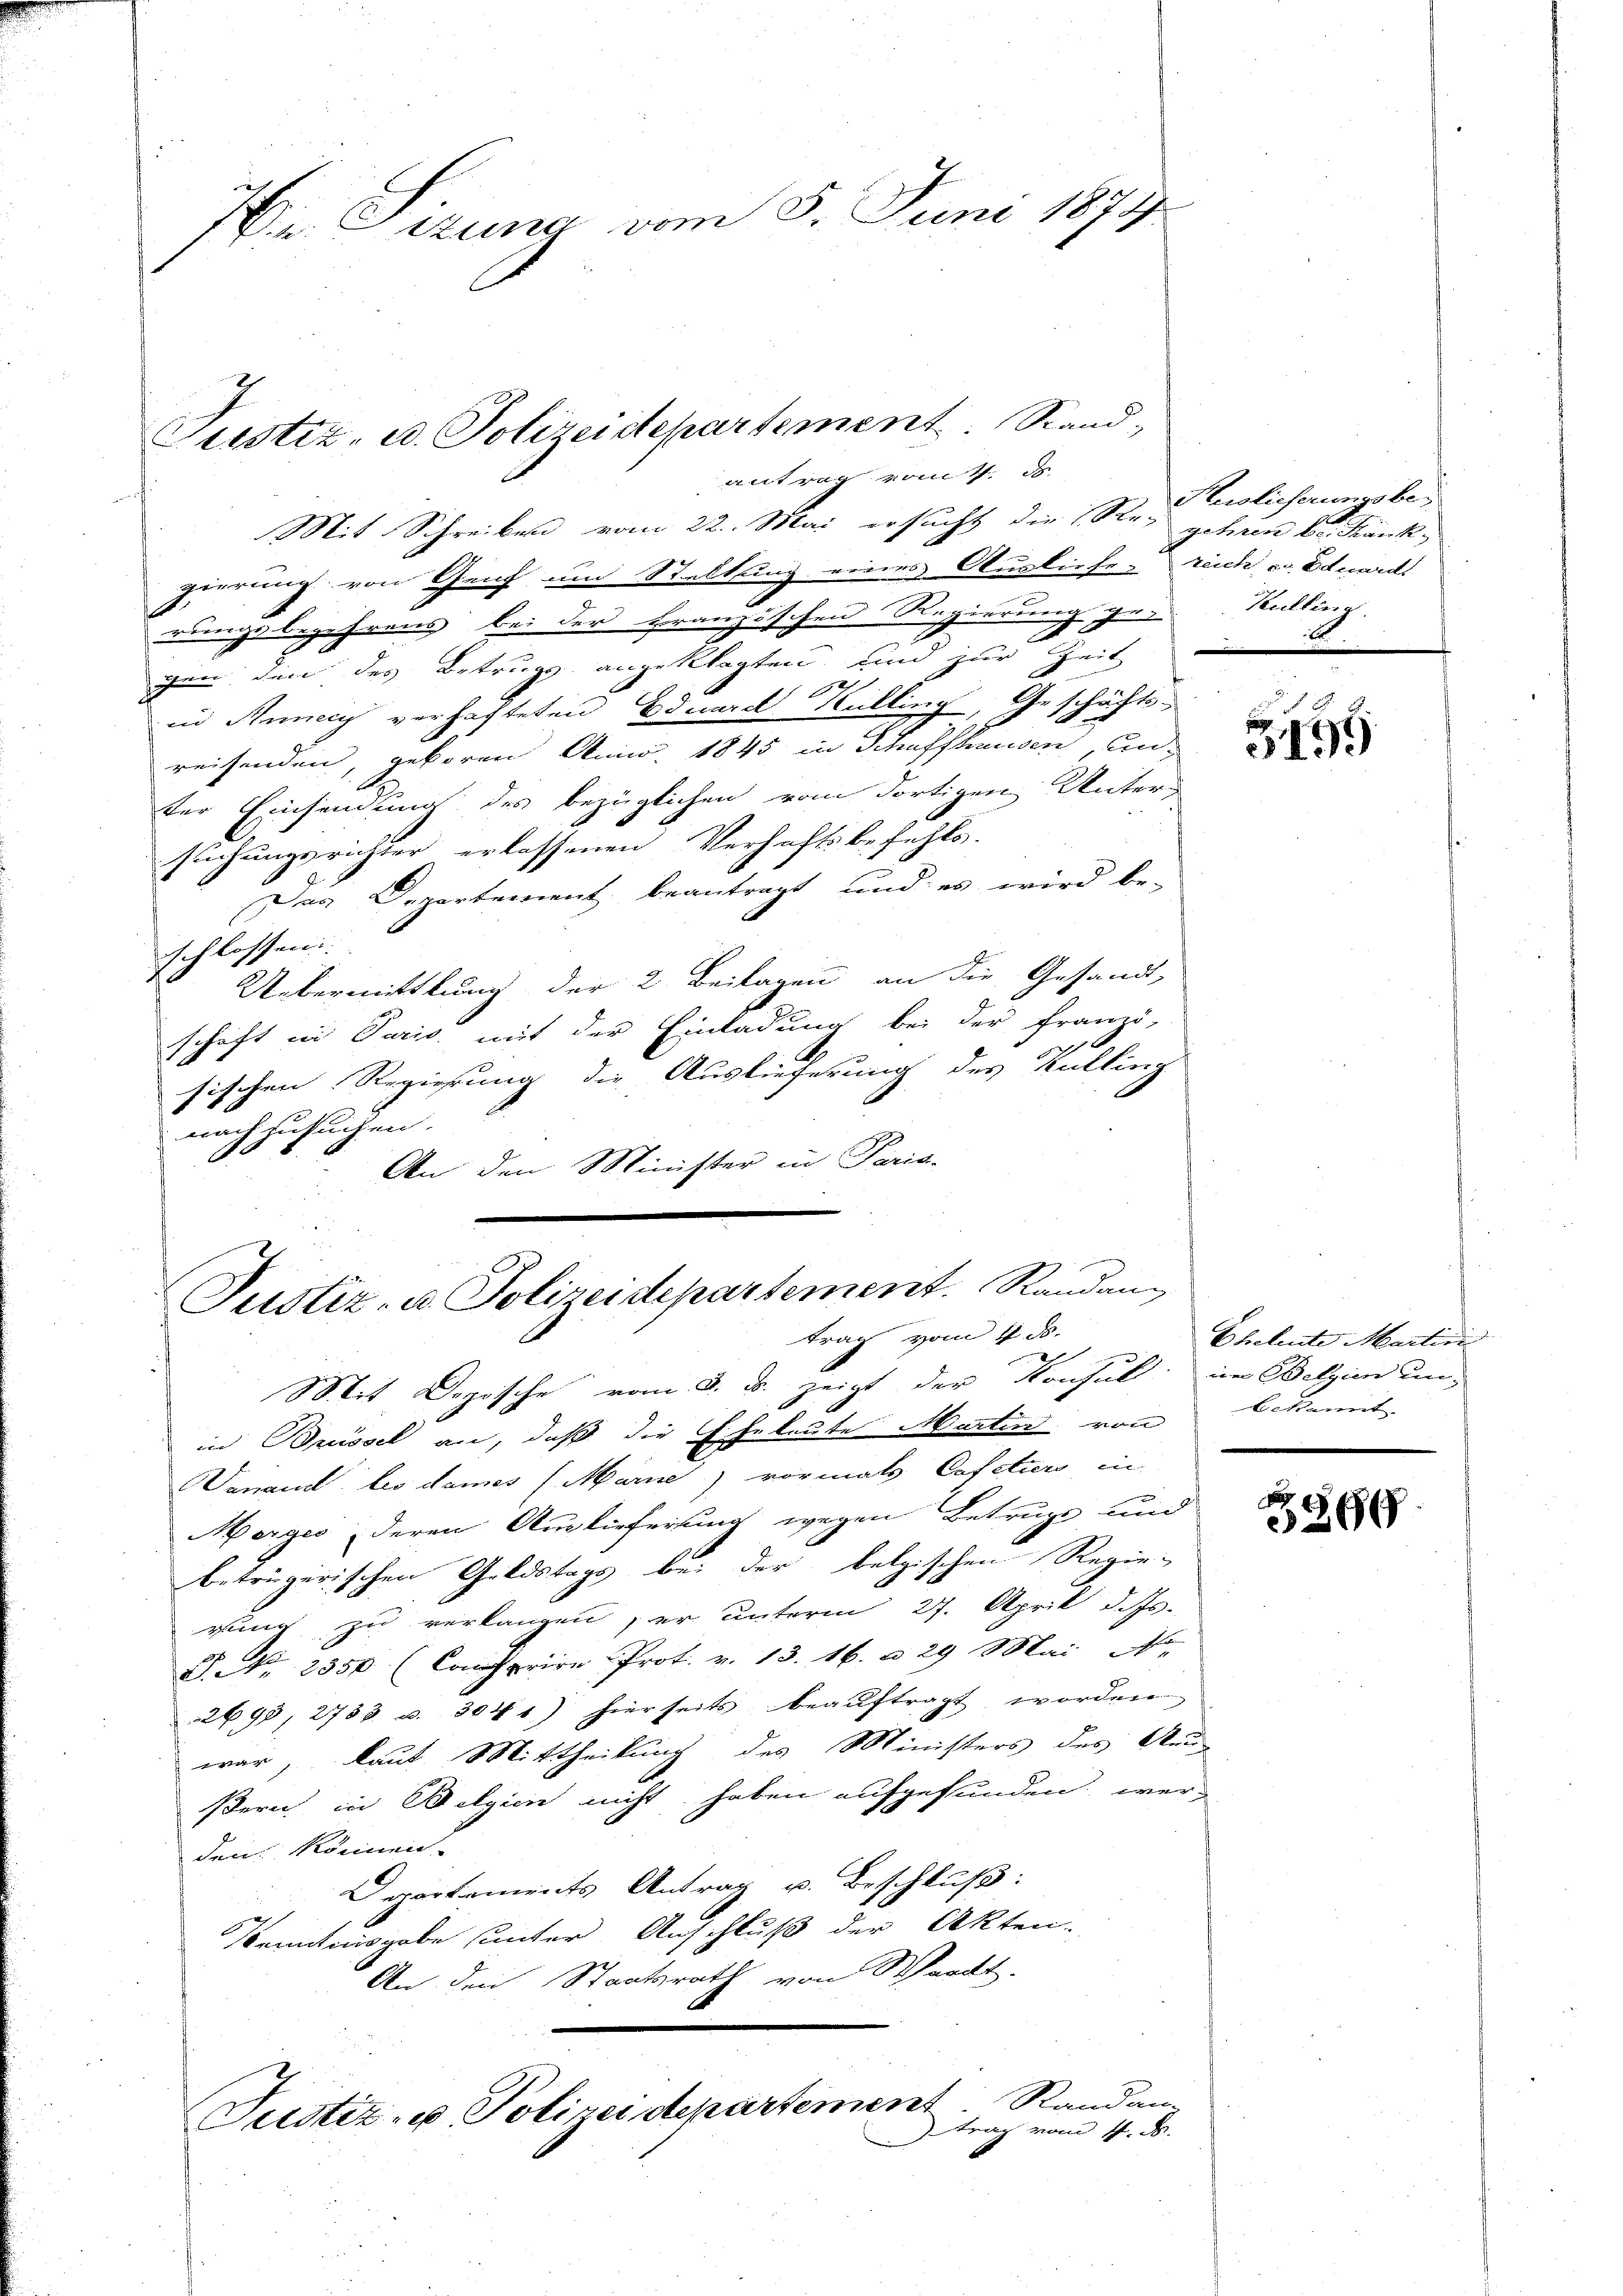
e Cizung vom 8. Juni 1874

Mit Schreiben vom 22. Mai ersucht die Re- gehören bei Frank
gierung von Genf um Stellung eines Ausliefe- reich ca Eduards
rungsbegehrens bei der Franzischen Regierung ge-Kulling.
gen den des Betrugs angeklagten und zur Zeit
schricht.
in Runecy verhafteten Eduard Kulling, A
1
reisenden, geboren Anis, 1845 in Schaffhausen unter Einsendung des bezüglichen vom dortigen Untersuchungsrichter erlassenen Verhaftsbefehls.
Der Departement beantragt, und es wird be-
schlossen:
Uebermittlung der 2 Beilagen an die Gesandt-
schaft in Paris, mit der Einladung bei der Franzö-
sischen Regierung die Auslieferung des Kulling
nach ansuchen.
981
An den Minister in Paris-

Justiz, u. Polizeidepartement. Stand,
antrag vom 11. ds.

Justiz- u. Polizeidepartement. Randang
trag vom 4. ds.

Kuslieferungsbe¬

Mit Depische vom 3. ds. zeigt der Konsul in Belgien unin Brissel an, daß die Eheleute Martin von bekannt
anand les damis (Marne, vormals Cafetiers in
Marges deren Auslieferung wegen Betruge und
betrügerischen Geldstags bei der belgischen Regierung zu verlangen, er unterm 27. April d. Js.
S. Nr. 2550 (Comparire Prot. v. 13. 16. a 29 Mai No
2698, 2733 u. 304 1) hierseits beauftragt worden
war, laut Mittheilung des Ministers des Aeus
ßern in Belgien nicht haben aufgefunden werden können.
Departements Antrag u. Beschluß:
Kenntnisgabe sunter Anschluß der Akten.
An den Staatsrath von Waadt.
Justiz- u Polizeidepartement Randan-
trag vom 4. d.

5495

Ehetente Martini

869